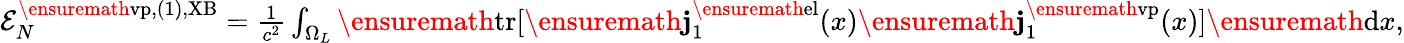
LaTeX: \begin{array}{r}{{\cal E}_{N}^{\ensuremath{\mathrm{vp}},(1),\mathrm{XB}}=\frac{1}{c^{2}}\int_{\Omega_{L}}\ensuremath{\mathrm{tr}}[\ensuremath{\mathbf{j}}_{1}^{\ensuremath{\mathrm{el}}}(x)\ensuremath{\mathbf{j}}_{1}^{\ensuremath{\mathrm{vp}}}(x)]\ensuremath{\mathrm{d}}x,}\end{array}